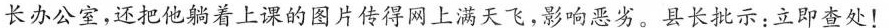
长办公室，还把他躺着上课的图片传得网上满天飞，影响总劣。县长示：立即查处！